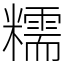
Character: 糯